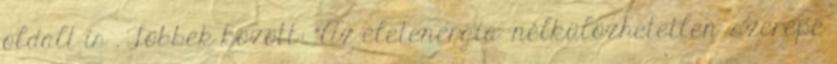
oldalt is . Többek között: "Az életenergia -nélkülözhetetlen- szerepe